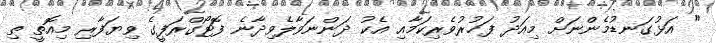
" އަޅުގަނޑުމެންނަށް މިއަދު ފަޚުރުވެރިކަމާއި އެކު ދަންނަވާލެވިދާނެ ފޮޓޯގްރަފީގެ ވިޔަފާރި މިއޮތީ ތި